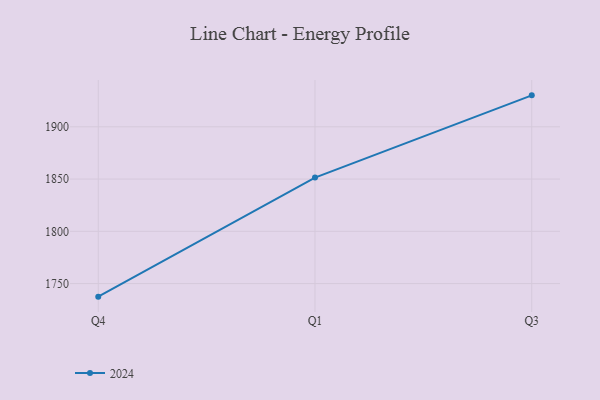
{"axis": {"x": "Quarter", "y": "Bounce Rate (%)"}, "legend": ["2024"], "data": [{"x": "Q4", "y": 1737.5, "type": "2024"}, {"x": "Q1", "y": 1851.4, "type": "2024"}, {"x": "Q3", "y": 1930.1, "type": "2024"}]}